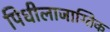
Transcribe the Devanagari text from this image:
पिधीलाजाग्तिक